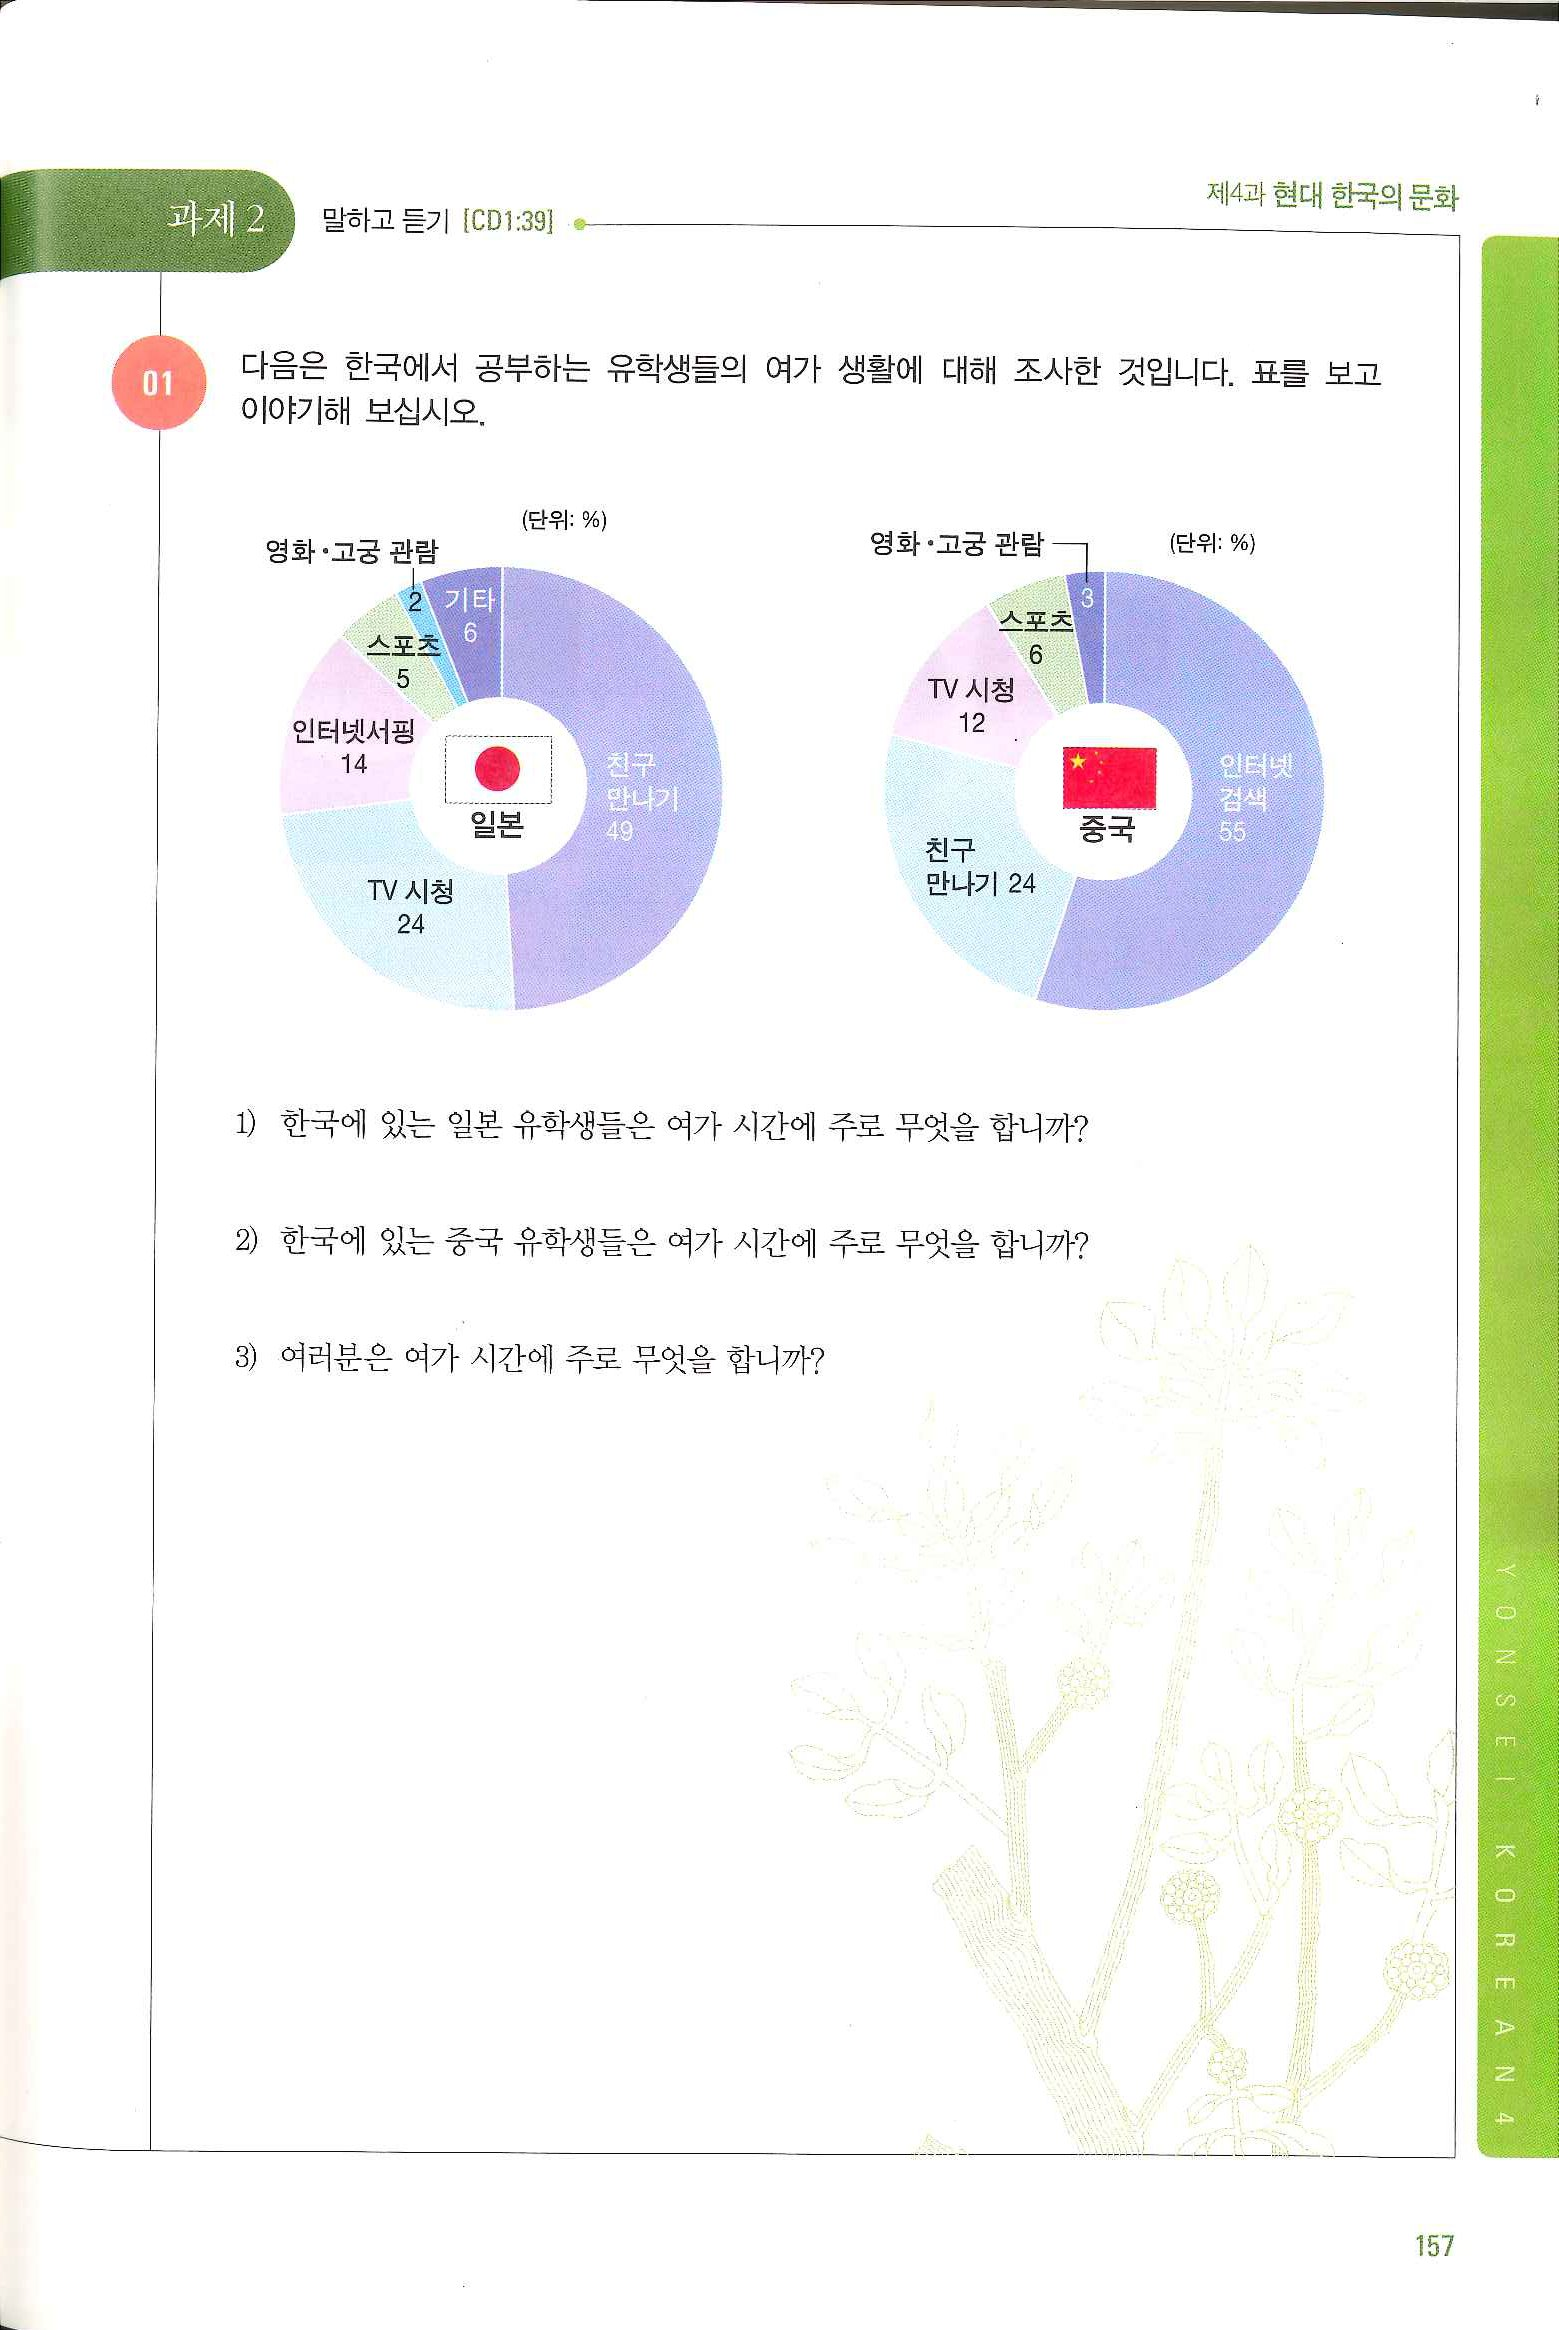
Language: ko